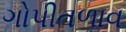
ગોપીતળાવ